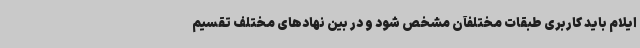
ایلام باید کاربری طبقات مختلفآن مشخص شود و در بین نهادهای مختلف تقسیم